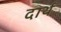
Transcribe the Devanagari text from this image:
दार्थ